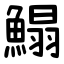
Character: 鰨